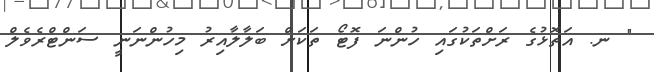
" ނ. އަތޮޅުގެ ރަށްތަކުގައި ހުންނަ ފޮޓޯ ތަކަށް ބަލާލާއިރު މިހުންނަނީ ސަންޓްރެވެލް